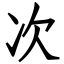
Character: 次